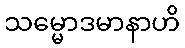
သမ္မောဒမာနာဟိ